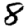
Digit: 8